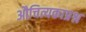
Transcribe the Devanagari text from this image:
औचित्यकाप्रश्न